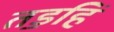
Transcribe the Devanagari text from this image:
तड॒हिं